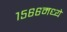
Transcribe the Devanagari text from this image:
१५६६मध्ये